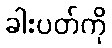
ခါးပတ်ကို